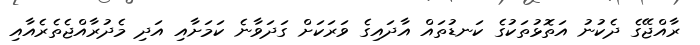
ރާއްޖޭގެ ދެކުނު އަތޮޅުތަކުގެ ކަނޑުތައް އާދައިގެ ވަރަކަށް ގަދަވާނެ ކަމަށާއި އަދި މެދުރާއްޖެތެރެއާއި